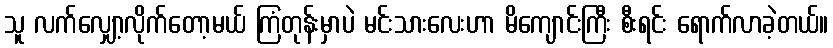
သူ လက်လျှော့လိုက်တော့မယ် ကြံတုန်းမှာပဲ မင်းသားလေးဟာ မိကျောင်းကြီး စီးရင်း ရောက်လာခဲ့တယ်။